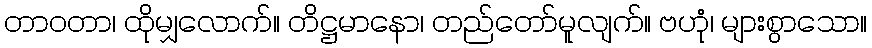
တာဝတာ၊ ထိုမျှလောက်။ တိဋ္ဌမာနော၊ တည်တော်မူလျက်။ ဗဟုံ၊ များစွာသော။